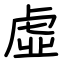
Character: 虛